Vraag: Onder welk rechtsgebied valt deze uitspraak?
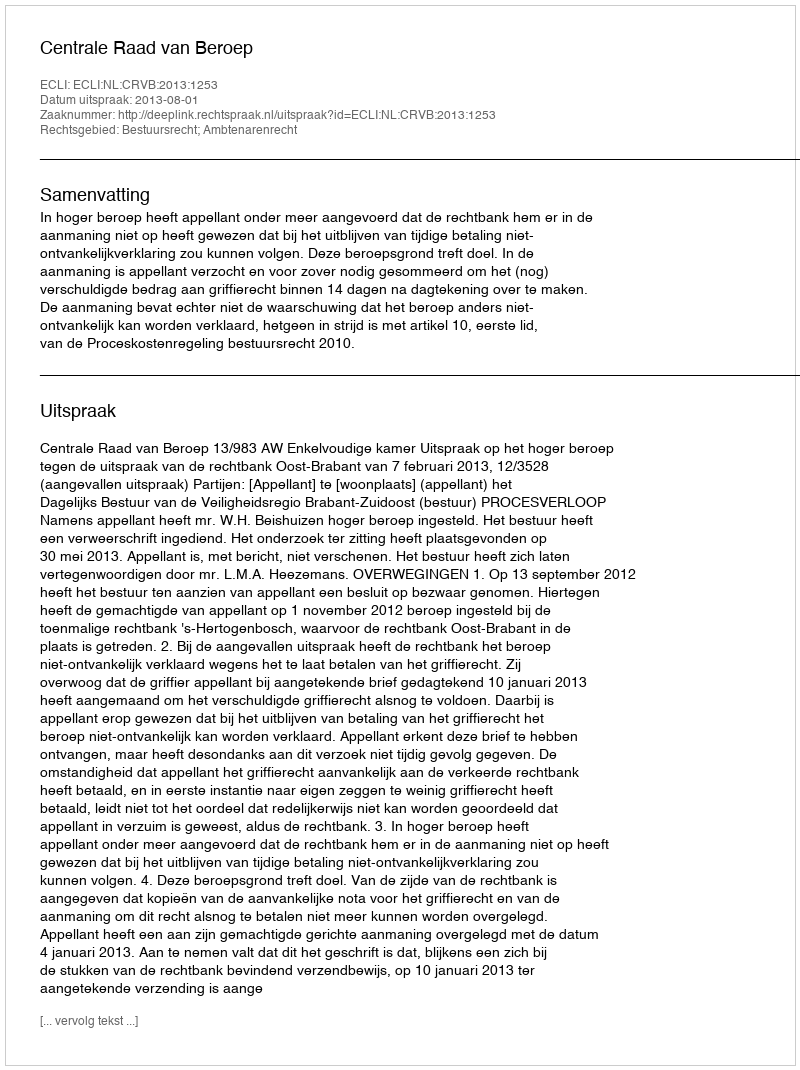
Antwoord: Bestuursrecht; Ambtenarenrecht